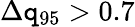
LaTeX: \Delta\mathtt{q}_{95}>0.7